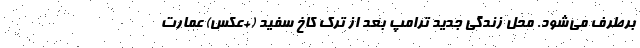
برطرف می‌شود. محل زندگی جدید ترامپ بعد از ترک کاخ سفید (+عکس) عمارت